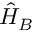
\hat { H } _ { B }